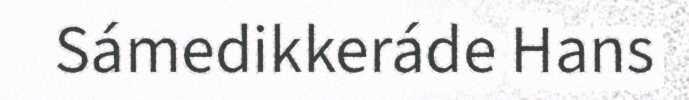
Sámedikkeráde Hans